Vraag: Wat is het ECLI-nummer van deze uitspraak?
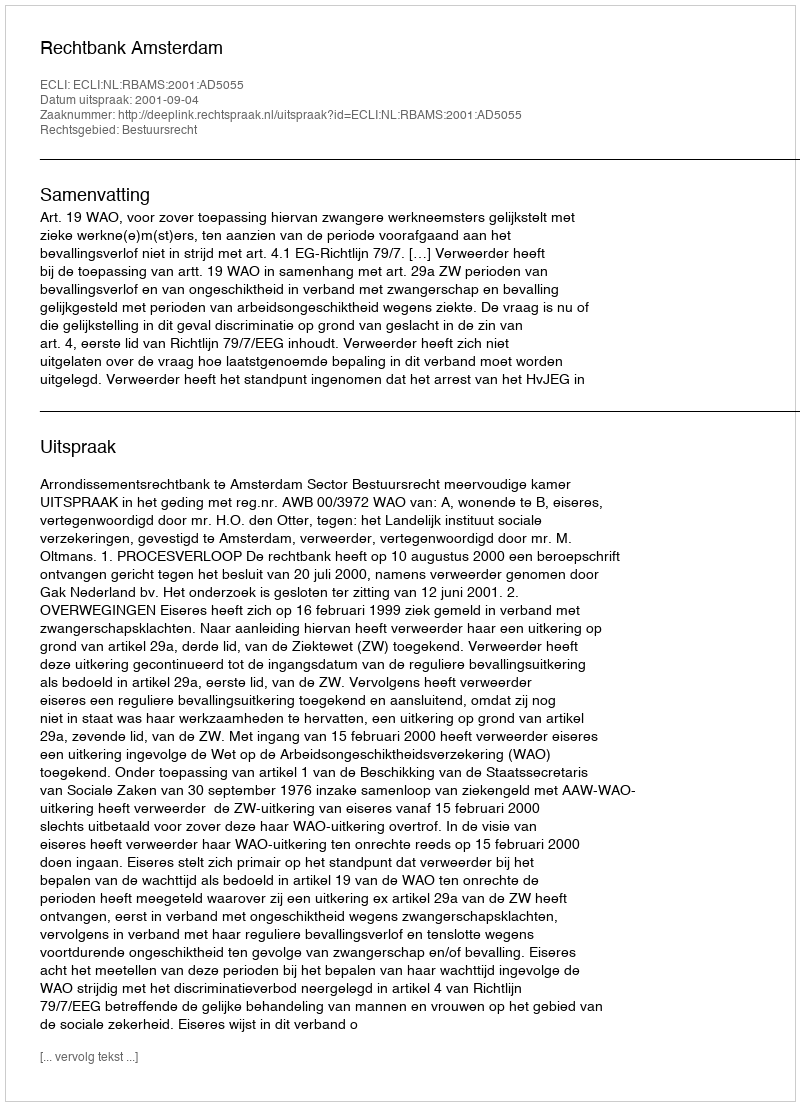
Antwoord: ECLI:NL:RBAMS:2001:AD5055